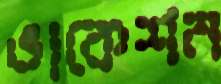
ভাকেশন